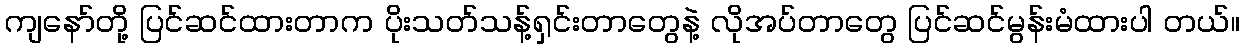
ကျနော်တို့ ပြင်ဆင်ထားတာက ပိုးသတ်သန့်ရှင်းတာတွေနဲ့ လိုအပ်တာတွေ ပြင်ဆင်မွန်းမံထားပါ တယ်။